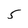
Character: 5